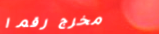
مخرج رقم ١